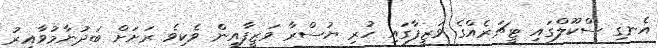
އެނގި ސްކޫލްގައި ޓީޗަރެއްގެ ވަޒީފާގައި ހުރި ޔުސްރާ ވަޒީފާއިން ވެކިވެ ރަށަށް ބަދުނާމުވާއިރު